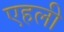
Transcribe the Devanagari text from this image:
एहली